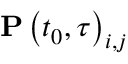
\mathbf { P } \left( t _ { 0 } , \tau \right) _ { i , j }